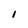
Character: I